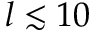
l \lesssim 1 0